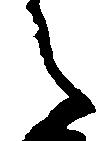
之